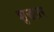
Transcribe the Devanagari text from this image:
शुद्धतर